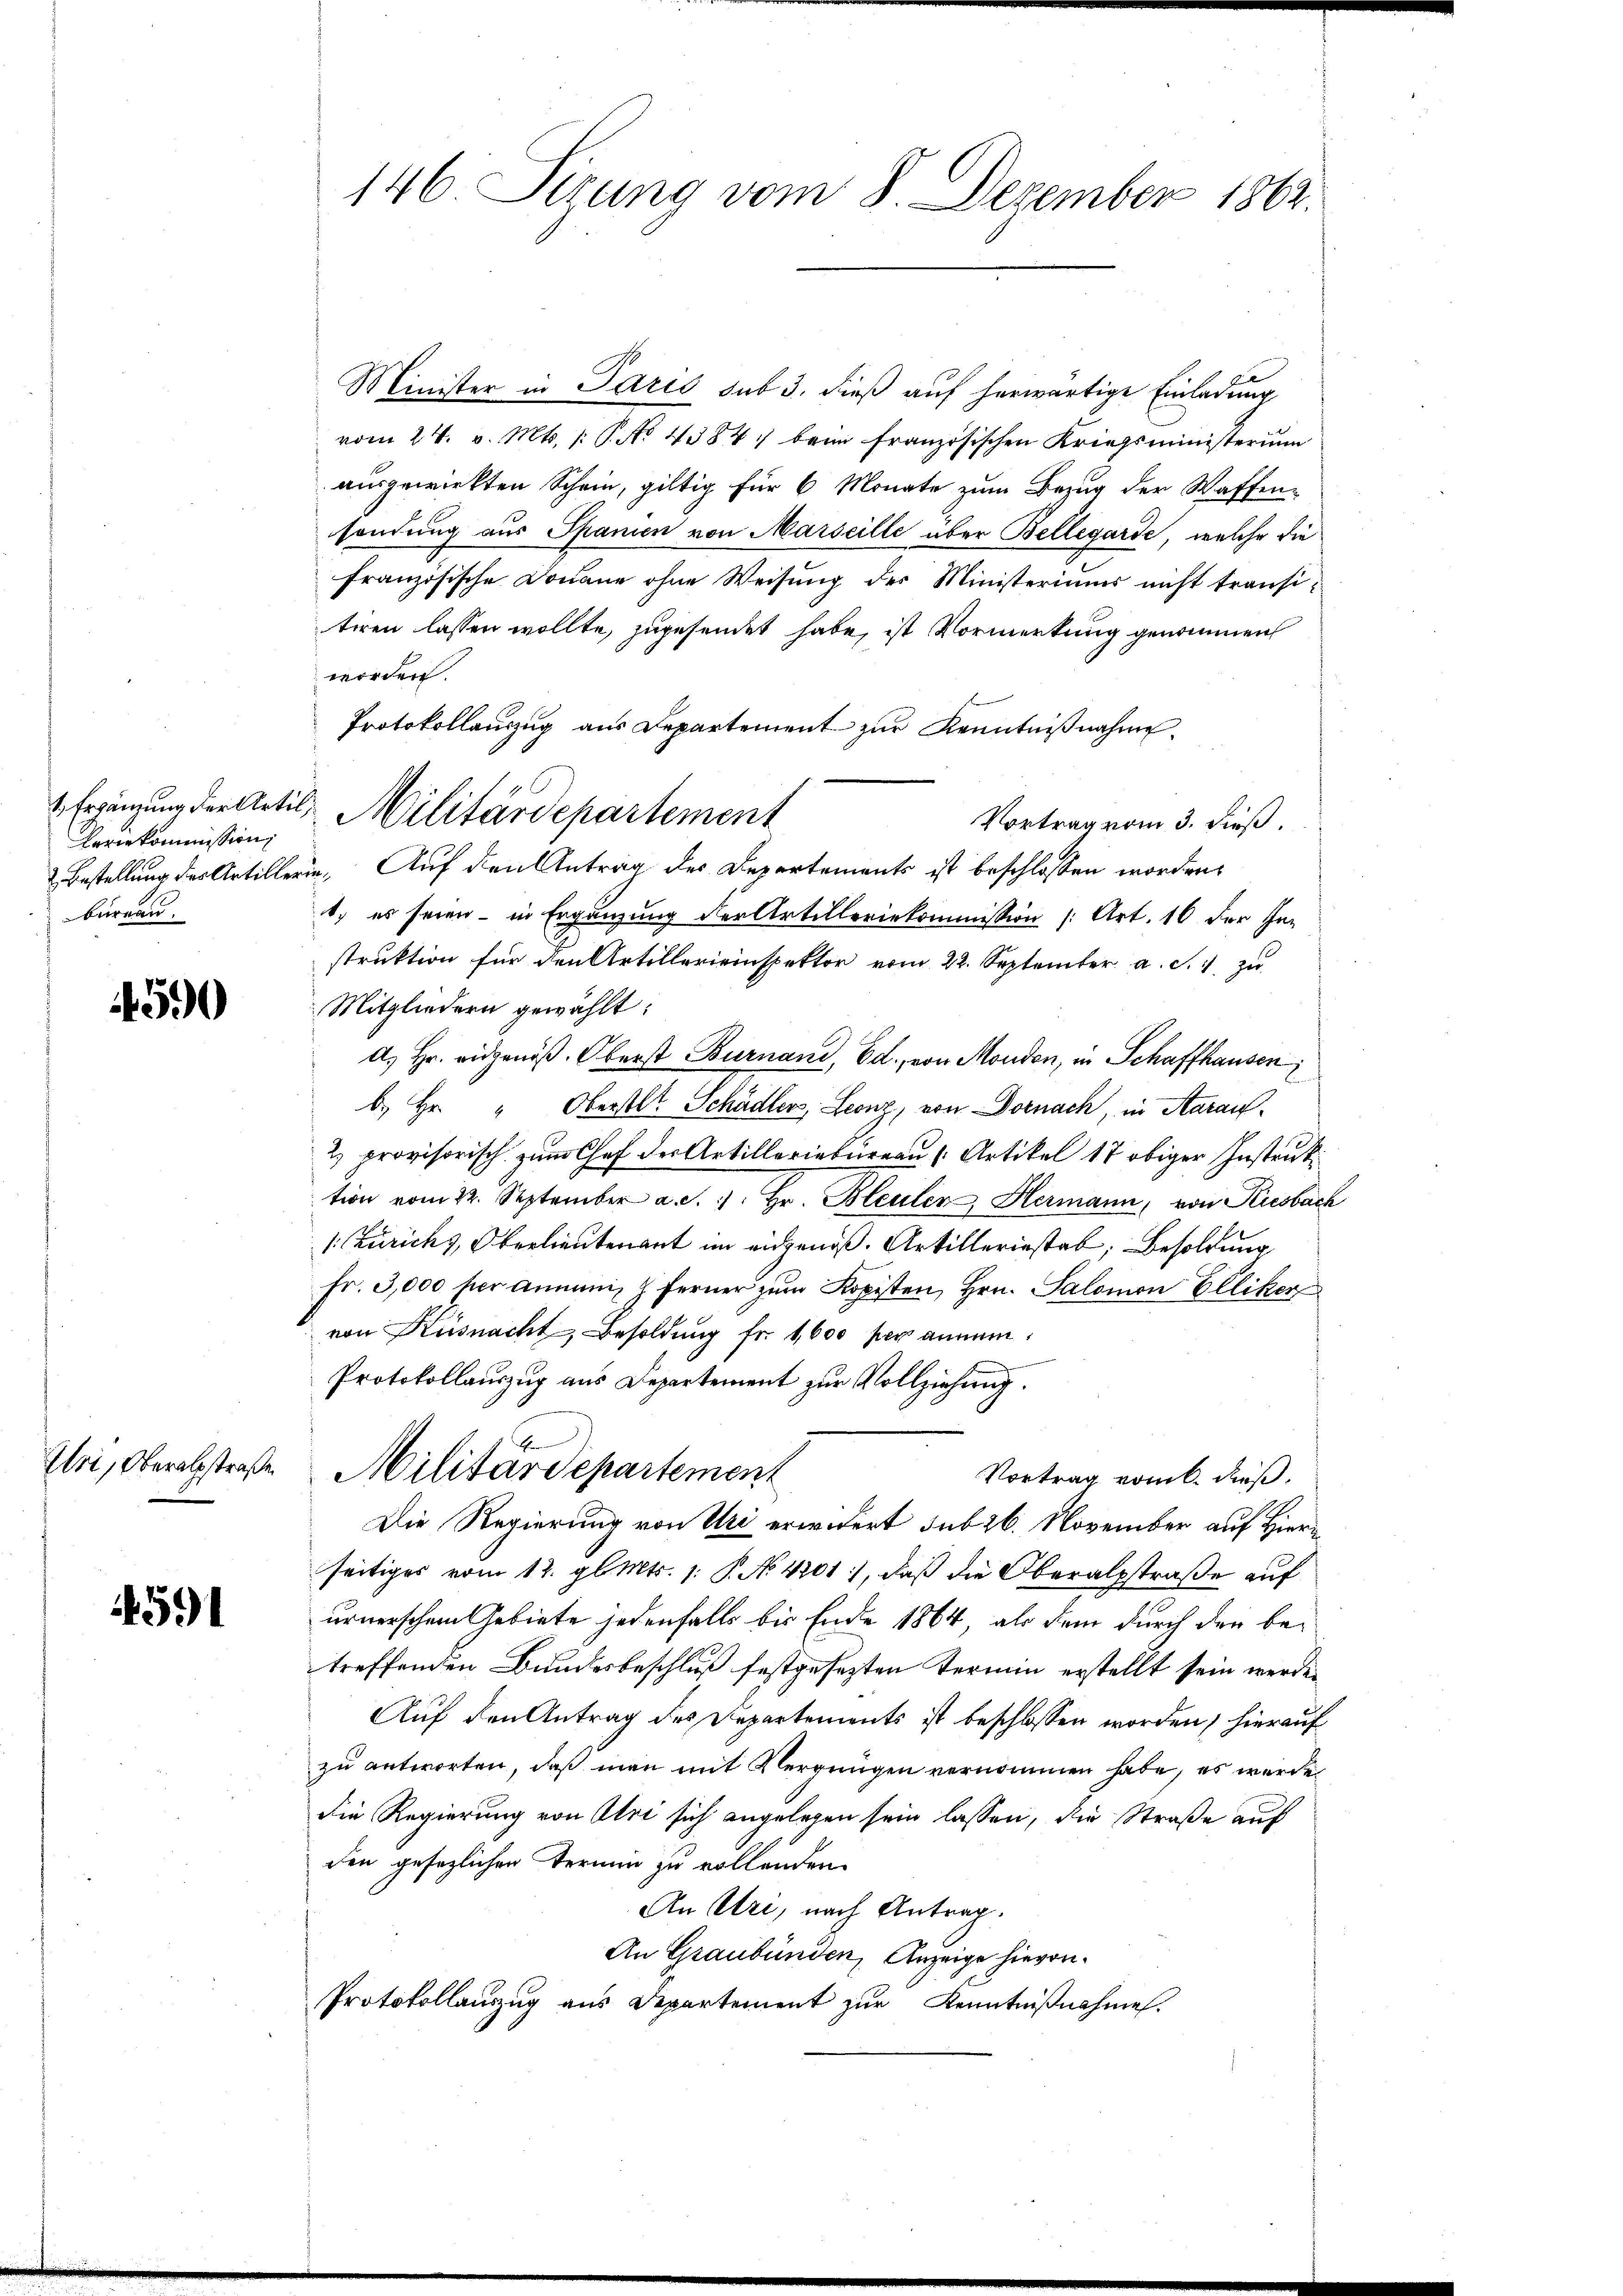
Feriekommission
büreau.

590

Uri, Oberalstraße

4591

146. Sizung vom 8. Dezember 1862.

Minister in Paris sub 3. dieß auf herwärtige Einladung
vom 24. v. Mts. 1. P. No 4384 beim französischen Kriegsministerium
ausgewirkten Schein, giltig für 6 Monate zum Bezug der Waffen-
sendung aus Spanien von Marseille über Bellegarde, welche die
französische Douane ohne Weisung des Ministeriums nicht transitiren lassen wollte, zugesendet habe, ist Vormerkung genommen
worden.
Protokollauszug aus Departement zur Kenntnißnahme.
Vortrag vom 3. dieß.
Bestellung des Artillerin. Auf den Antrag des Departements ist beschlossen worden.
. es seien - in Ergänzung der Artilleriekommission (Art. 16 der In-
struktion für den Artillereinspektor vom 22. September a. S. 1 zu
Mitgliedern gewählt:
A. Hr. eidgenöß. Oberst Burnaud, Ed. von Moudon, in Schaffhausen,
b. Hr. " Oberstl. Schädlers, Leonz, von Dornach, in Aarau
2 provisorisch zum Chef der Artilleriebureau Artikel 17 obiger Instruk
tion vom 22. September a. S. 17. Hr. Bleuler Hermann, von Riesbach
1: Zürich, Oberlieutenant im eidgenoß. Artilleriestal, Besoldung
Fr. 3,000 per annami, z. Ferner zum Kopisten, Hrn. Salomon Elliker
von Küsnacht, Besoldung fr. 1600 per annem
Protokollauszug aus Departement zur Vollziehung.
Militärdepartement
Vortrag vom 6. dieß.
Die Regierung von Uri erwidert sub 26. November auf Hierseitiges vom 12. gl. Mts. 1. P. No. 4201, daß die Oberalpstraße auf
urnerschen Gebiete jedenfalls bis Ende 1864, als dem durch der betreffenden Bundesbeschluß festgesezten Termin erstellt sein werden
Auf den Antrag des Departements ist beschlossen worden, hierauf
zu antworten, daß man mit Vergnügen vernommen habe, es wurde
die Regierung von Olri sich angelegen sein lassen, die Straße auf
den gesezlichen Termin zu vollenden
An Uri, nach Antrag.
An Graubünden, Anzeige hievon
Protokollauszug aus Departement zŭr Kenntniβnahme.

Ergänzung der Artil, Militärdepartement